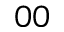
_ { 0 0 }